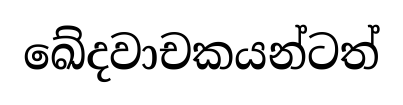
ඛේදවාචකයන්ටත්